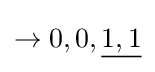
\rightarrow 0,0,{\underline {1,1}}